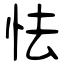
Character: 怯